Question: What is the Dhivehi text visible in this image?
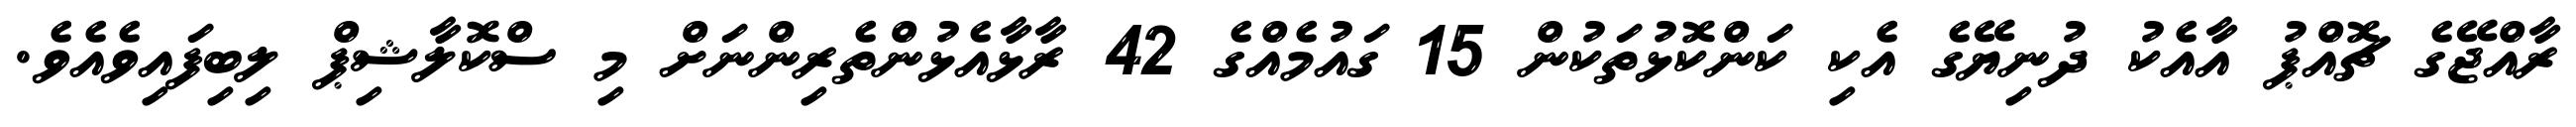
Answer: ރާއްޖޭގެ ޗޮއްޕު އާއެކު ދުނިޔޭގެ އެކި ކަންކޮޅުތަކުން 15 ގައުމެއްގެ 42 ރާޅާއެޅުންތެރިންނަށް މި ސްކޮލާޝިޕް ލިބިފައިވެއެވެ.